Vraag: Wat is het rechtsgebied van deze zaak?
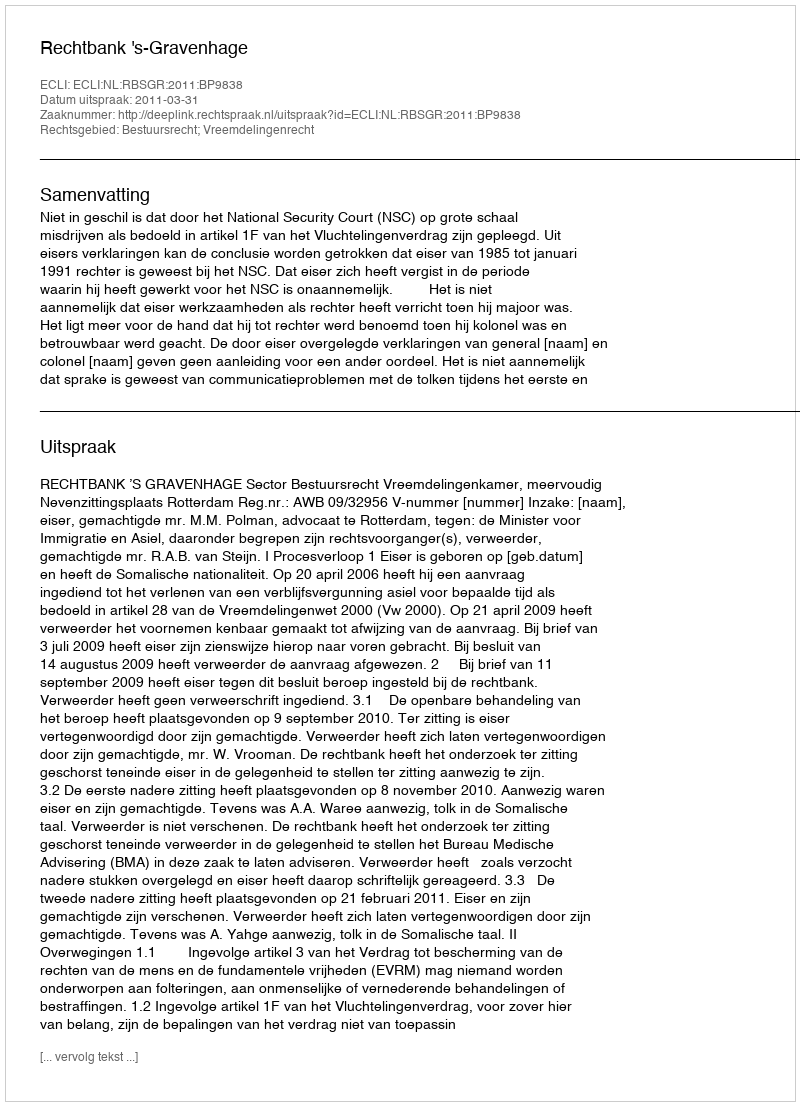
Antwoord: Bestuursrecht; Vreemdelingenrecht